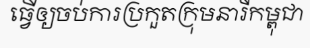
ធ្វើឲ្យចប់ការប្រកួតក្រុមនារីកម្ពុជា